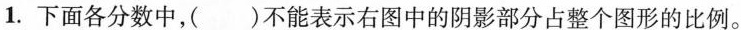
1.下面各分数中，( )不能表示右图中的阴影部分占整个图形的比例。